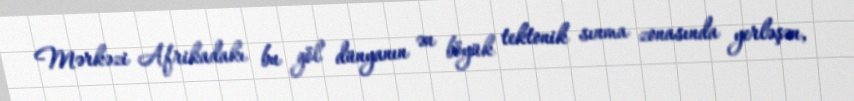
Mərkəzi Afrikadakı bu göl dünyanın ən böyük tektonik sınma zonasında yerləşən,